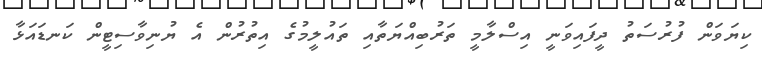
ކިޔަވަން ފުރުސަތު ދީފައިވަނީ އިސްލާމީ ތަރުބިއްޔަތާއި ތައުލީމުގެ އިތުރުން އެ ޔުނިވާސިޓީން ކަނޑައަޅާ